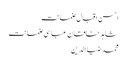
احسن اقبال ضمانت
شاہد خاقان عباسی ضمانت
محمد ضیا الدین